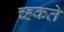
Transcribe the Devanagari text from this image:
च्हकते